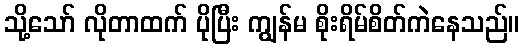
သို့သော် လိုတာထက် ပိုပြီး ကျွန်မ စိုးရိမ်စိတ်ကဲနေသည်။